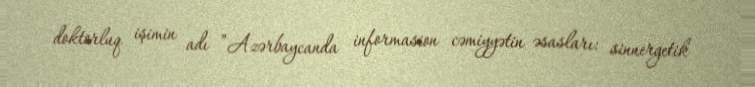
doktorluq işimin adı ”Azərbaycanda informasion cəmiyyətin əsasları: sinnergetik